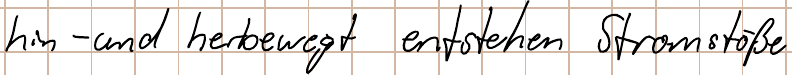
hin- und herbewegt entstehen Stromstöße